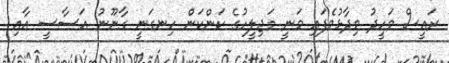
ރައީސް ވަހީދު ވިދާޅުވެފައި ވަނީ މަޖިލީހުގެ ކަންކަން ހިނގަނީ ގާނޫނު އަސާސީ އާއި